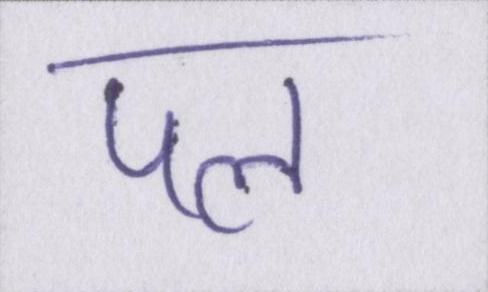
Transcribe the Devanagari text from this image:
पल